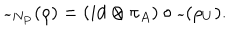
\widetilde { \ } _ { N _ { P } } ( \rho ) = ( i d \otimes \pi _ { A } ) \circ \widetilde { \ } ( \rho _ { U } ) .